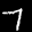
Label: 7